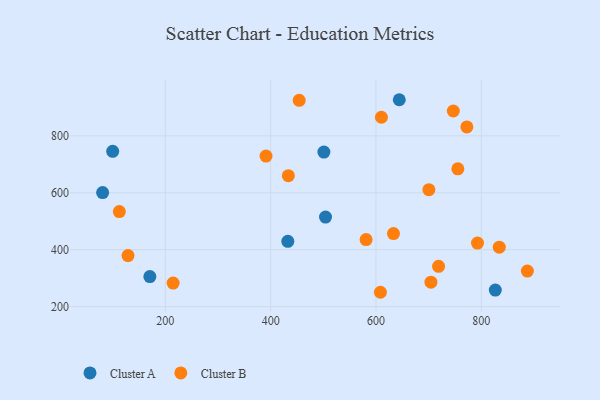
{"axis": {"x": "Distance", "y": "Salary"}, "legend": ["Cluster A", "Cluster B"], "data": [{"x": "100.1", "y": 745.8, "type": "Cluster A"}, {"x": "501.1", "y": 743.0, "type": "Cluster A"}, {"x": "504.2", "y": 514.6, "type": "Cluster A"}, {"x": "432.6", "y": 429.5, "type": "Cluster A"}, {"x": "826.5", "y": 258.1, "type": "Cluster A"}, {"x": "170.7", "y": 305.5, "type": "Cluster A"}, {"x": "644.2", "y": 927.0, "type": "Cluster A"}, {"x": "81.0", "y": 600.8, "type": "Cluster A"}, {"x": "112.7", "y": 533.9, "type": "Cluster B"}, {"x": "718.8", "y": 341.5, "type": "Cluster B"}, {"x": "433.6", "y": 660.2, "type": "Cluster B"}, {"x": "391.2", "y": 728.9, "type": "Cluster B"}, {"x": "633.2", "y": 456.6, "type": "Cluster B"}, {"x": "454.2", "y": 924.8, "type": "Cluster B"}, {"x": "834.0", "y": 409.1, "type": "Cluster B"}, {"x": "746.8", "y": 887.4, "type": "Cluster B"}, {"x": "887.4", "y": 325.1, "type": "Cluster B"}, {"x": "608.4", "y": 250.5, "type": "Cluster B"}, {"x": "214.9", "y": 282.8, "type": "Cluster B"}, {"x": "772.5", "y": 831.5, "type": "Cluster B"}, {"x": "581.2", "y": 435.7, "type": "Cluster B"}, {"x": "610.3", "y": 865.4, "type": "Cluster B"}, {"x": "700.4", "y": 610.9, "type": "Cluster B"}, {"x": "755.4", "y": 684.2, "type": "Cluster B"}, {"x": "129.2", "y": 379.5, "type": "Cluster B"}, {"x": "704.3", "y": 286.1, "type": "Cluster B"}, {"x": "792.7", "y": 423.3, "type": "Cluster B"}]}